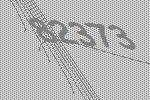
82373